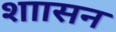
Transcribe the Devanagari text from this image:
शाासन